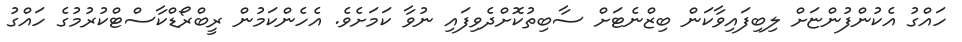
ހައްގު އެކުންފުންޏަށް ލިބިފައިވާކަން ބިޒްނެޓަށް ސާބިތުކޮށްދެވިފައި ނުވާ ކަމަށެެވެ. އެހެންކަމުން ރީބްރޯޑްކާސްޓްކުރުމުގެ ހައްގު